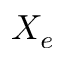
X _ { e }